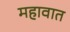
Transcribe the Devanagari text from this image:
महावात